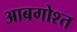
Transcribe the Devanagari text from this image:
आबगोश्त